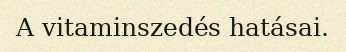
A vitaminszedés hatásai.